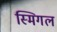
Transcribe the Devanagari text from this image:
स्मिगल